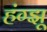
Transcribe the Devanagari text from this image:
हंग्झू